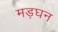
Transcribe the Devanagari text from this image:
मड़घन